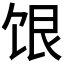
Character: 𬲷